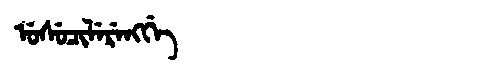
Manchu: ᡠᠰᡠᠴᡳᠯᡝᡵᡝᠩᡤᡝ
Romanization: USUCILERENGGE